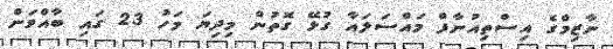
ނާޒިމްގެ އިސްތިއުނާފް މައްސަލައާ ގުޅޭ ގޮތުން މިދިޔަ މަހު 23 ގައި ބާއްވަން